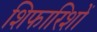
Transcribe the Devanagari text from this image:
शिफारिशों